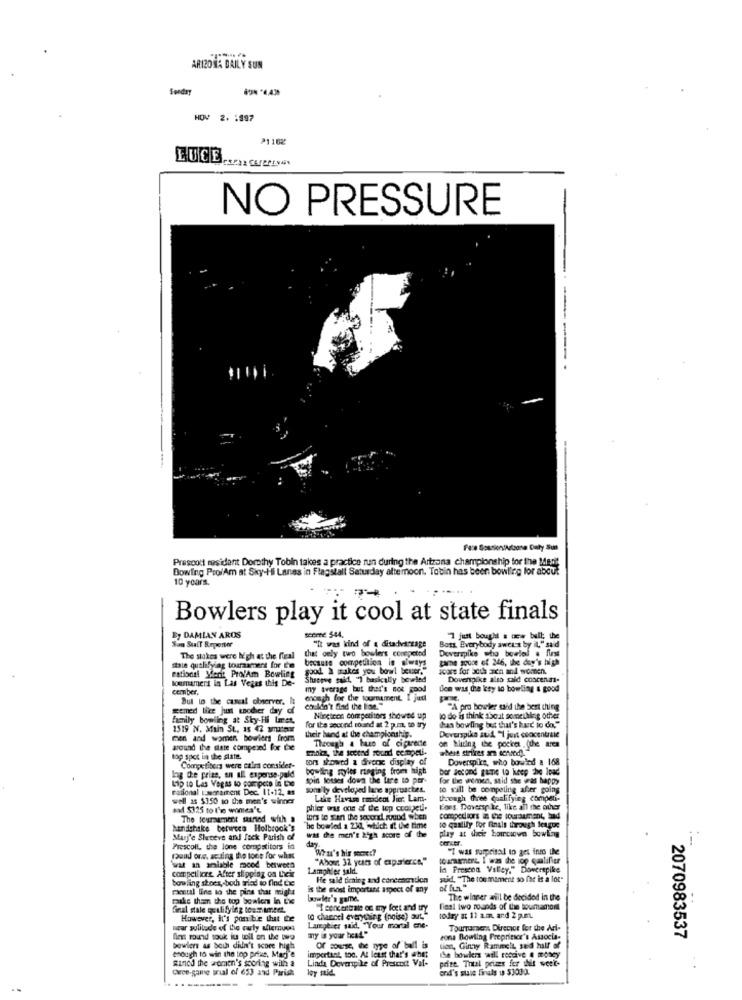
ARIZONA DAILY SUN
Seeday
NOV 2. : 197
LUCE
NO PRESSURE
-----
Prescott sesidant Dorothy Tobin takes a practice run during the Artzona championship for the Meri!
Bowling ProiAm at Sky-i'll Lanes in Flagstall Saturday altemoon. Tobin has been bowling for about
10 ycars.
Bowlers play it cool at state finals
Ey DAMIAN AROS
seerne 544,
"It was kind of a ditadvantage
7 just bought a new bull; the
San Stalt Reporter
that only two bowlers conepeted
Bots, Everybody swets by iL" said
Dovermike who bowlel a first
The stakes were Igh at the fteal
because competition in iways
game souce of 246, the day's high
stale qualifylag tourzamars for i'm
rational Mont Pro/Am Bowling
good. à makes you bowl beuer."
score for both aen and women.
loumamert in Las Vegas this De-
Shopve said, "I basically bowled
Dovenspike also said concena-
cember.
my average but that's not good
llen was the key so bowling a good
But to the caseal observer. it
enough for the tournament, I just
wemed lice just another day of
couldn't find the line."
"A pro bowler said the best thing
family bowling at Sky-Hi Imet,
Noncicon competitors showed up
10 do is think about something other
1519 N. Main St, 15 42 ummates
for the second round at 2 p.m. to try
their hand at the champiceuship.
Deverspike sud. "I just coocentrale
hun bowling but that's kurt io do."
men and women bouriers from
around the state compered for be
Smacz, the secend sound ceimpeti.
Though & buze of cigaredte
on hluing the pocie (the area
top spot in the state.
cors showed a diverse display of
Doverspica, who bowled a 168
Competitors were calm considet-
bowling myles ranging from high
bor second gane to keep The Ipad
log de prize, an all expense.pald
Lip to Las Vegas to compete in the
spin losses down the lare to per
for the women, stid she was happy
rational sorament Dec. It-12. as
sons ly developed lane approaches.
to sill be competing after going
well as $150 to the men's winner
Lake Havas rmideot Jier. Lam-
through three qualifying competi-
sad $325 to l'e womes't
phier was one of the top coolgeti.
Fons Doversp ke, like all the other
The tournament maaned with a
handshake between Holbrook's
The bowled a 230, which at the time
wal the men's high score of the
to qualify for finals through league
play at theis barciovn bowling
Marj'e Sheteve and Jack Parish of
Frescoll, the lone corpstitors id
dary-
Whu's hir secret?
"I was surprisal to get into the
pand one. acuing the toes for whas
"About 32 years of experience."
tournament. I was he iop qualifier
wat an amiable mood between
compellcre. After slipping on L'icir
Lamphler sald.
In Prescon Valley." Doverepike
bowling shoes, both glad to find Le
He said timing and conecaction
suid. "The tou mament so far is a lot"
mental line to the pins that might
is the most important aspect of any
make than the top bowlers In Lie
bowler's game.
The winner anil be decided in the
final stale qualifying tosTimeet.
"I concentrate on my feet and try
final two pounds of the boumtamtoml
However, It's ponible that the
to chancel everything (poise) out."
todry st 11 am, and 2 p.m.
star sulitude of the curly aliemups
Langhier said, "Your mortal che-
Tourrumer Director for the Ari-
fiet round souk iu toil on the two
ny is your head"
sona Bowling Prepriesce's Associa-
2070983537
bowlers as both didn't score high
Of course, the type of ball is
tien, Ginny Rammelt, said half of
enough to win the top prise, Marj'e
sind the women's scoring with a
Liada Deverpile of Presentt Val-
important, too. At least that's aber
the bowkerz will receive 4 money
prize. Thul prizes for this week-
Caroe-game trial of 653 and Pirich
loy stid.
end's state finals us $3000.
..